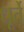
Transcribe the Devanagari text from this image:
धूर्ते